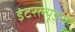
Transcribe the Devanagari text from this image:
इंटरल्यूड्स